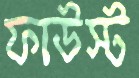
ফাউস্ট